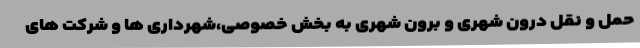
حمل و نقل درون شهری و برون شهری به بخش خصوصی،شهرداری ها و شرکت های